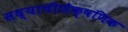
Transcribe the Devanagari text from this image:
सध्याचीशैक्षणिक